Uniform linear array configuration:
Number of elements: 64
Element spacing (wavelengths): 0.5
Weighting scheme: blackman
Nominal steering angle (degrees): -60
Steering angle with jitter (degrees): -58.927
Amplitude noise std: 0.05
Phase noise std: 0.05

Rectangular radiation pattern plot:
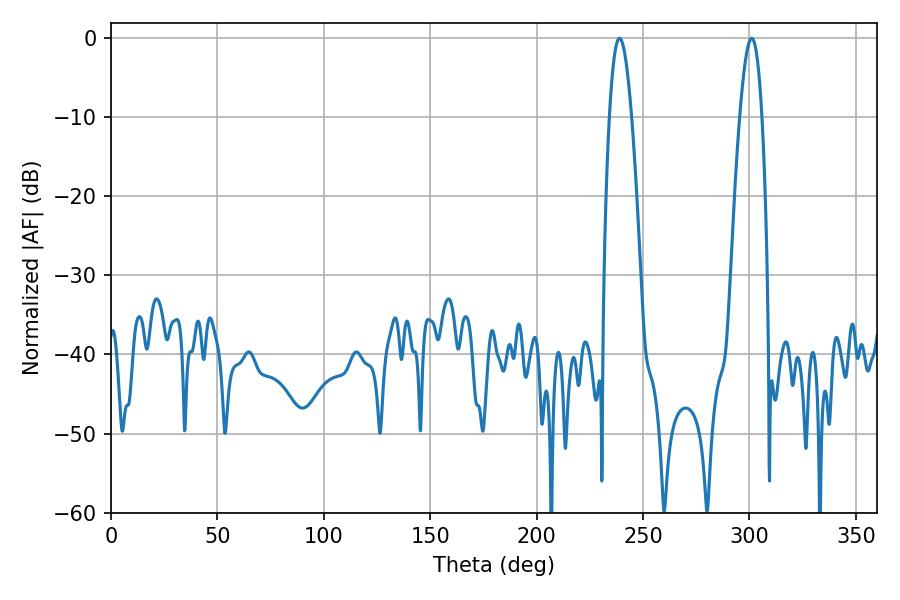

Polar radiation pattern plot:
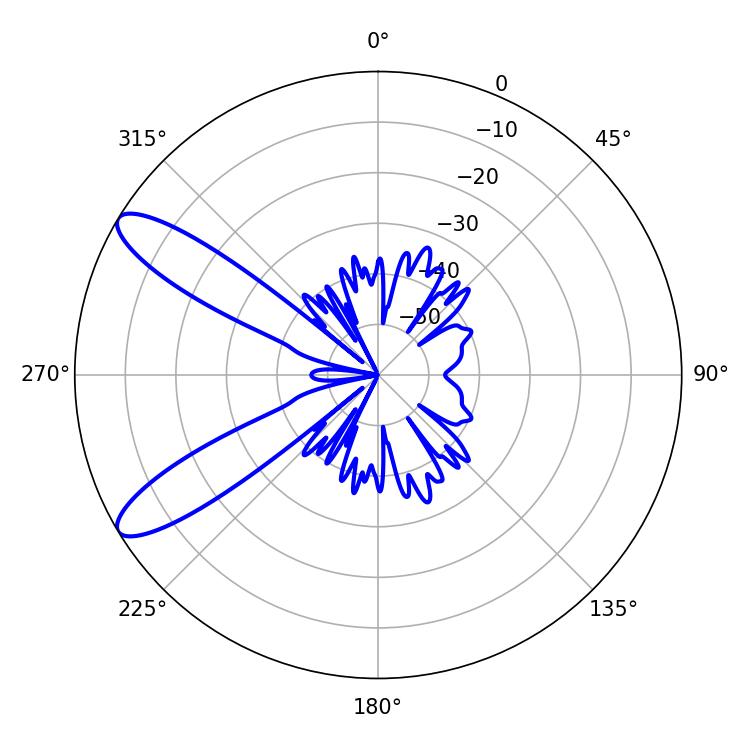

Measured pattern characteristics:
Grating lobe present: FALSE
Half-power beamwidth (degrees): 5.58
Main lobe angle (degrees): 239.04